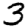
Digit: 3